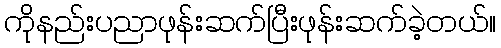
ကိုနည်းပညာဖုန်းဆက်ပြီးဖုန်းဆက်ခဲ့တယ်။